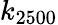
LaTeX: k_{2500}